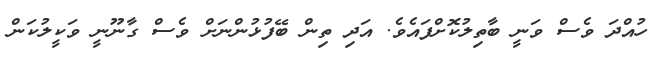
ހުއްދަ ވެސް ވަނީ ބާތިލުކޮށްފައެވެ. އަދި ތިން ބޭފުޅުންނަށް ވެސް ގާނޫނީ ވަކީލުކަން